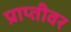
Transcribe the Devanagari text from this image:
प्राप्तीवर